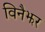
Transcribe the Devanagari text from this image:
विनैझर